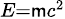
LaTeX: \scriptstyle{E=\mathsf{m}c^{2}}